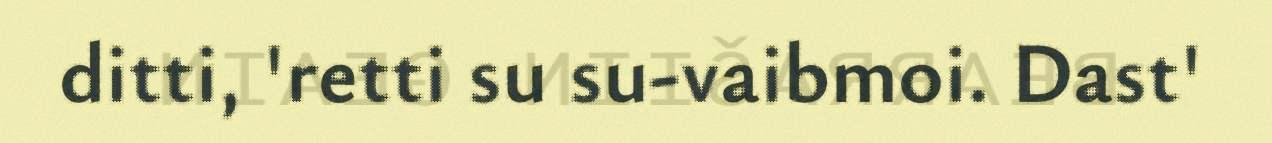
ditti, 'retti su su-vaibmoi. Dast'